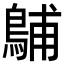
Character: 𪁭